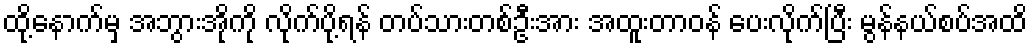
ထို့နောက်မှ အဘွားအိုကို လိုက်ပို့ရန် တပ်သားတစ်ဦးအား အထူးတာဝန် ပေးလိုက်ပြီး မွန်နယ်စပ်အထိ